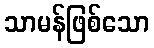
သာမန်ဖြစ်သော